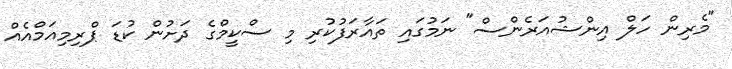
"މެރިން ހަލް އިންޝުއަރެންސް" ނަމުގައި ތައާރަފުކުރި މި ސްކީމްގެ ދަށުން ކުޑަ ޕްރިމިއަމްއެއް